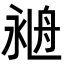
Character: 𦨺